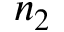
n _ { 2 }